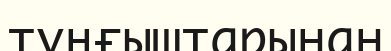
тұңғыштарынан